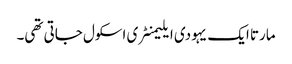
مارتا ایک یہودی ایلیمنٹری اسکول جاتی تھی۔